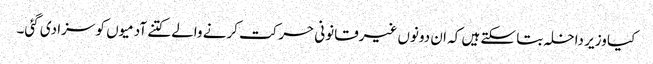
کیا وزیر داخلہ بتا سکتے ہیں کہ ان دونوں غیرقانونی حرکت کرنے والے کتنے آدمیوں کو سزا دی گئی۔